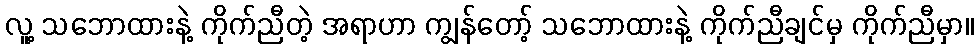
လူ့ သဘောထားနဲ့ ကိုက်ညီတဲ့ အရာဟာ ကျွန်တော့် သဘောထားနဲ့ ကိုက်ညီချင်မှ ကိုက်ညီမှာ။